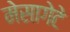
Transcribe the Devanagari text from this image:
मेसागेटे